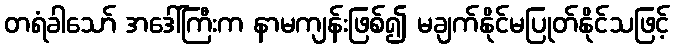
တရံခါသော် အဒေါ်ကြီးက နာမကျန်းဖြစ်၍ မချက်နိုင်မပြုတ်နိုင်သဖြင့်